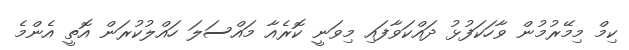
ކިމް މިމޭރުމުން ވާހަކަފުޅު ދައްކަވާފައި މިވަނީ ކޮރެއާ މައްސަލަ ހައްލުކުރަން އޮތީ އެންމެ